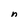
Character: n